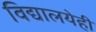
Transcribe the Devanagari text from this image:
विद्यालयेही